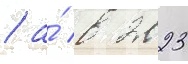
/ а́ в 2023